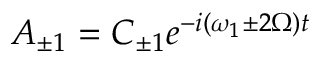
A _ { \pm 1 } = C _ { \pm 1 } e ^ { - i ( \omega _ { 1 } \pm 2 \Omega ) t }